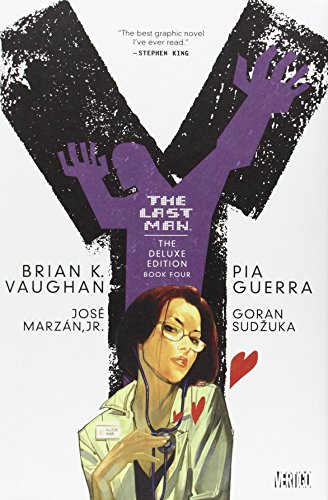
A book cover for Y: The Last Man, Book 4, Deluxe Edition; Brian K. Vaughan; Comics & Graphic Novels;